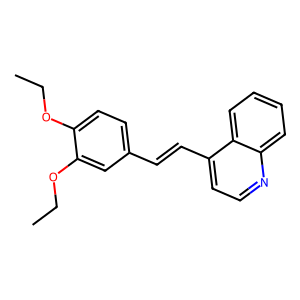
SMILES: CCOc1ccc(C=Cc2ccnc3ccccc23)cc1OCC
Inhibits HIV replication: No